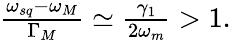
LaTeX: \begin{array}{r}{\frac{\omega_{sq}-\omega_{M}}{\Gamma_{M}}\simeq\frac{\gamma_{1}}{2\omega_{m}}>1.}\end{array}